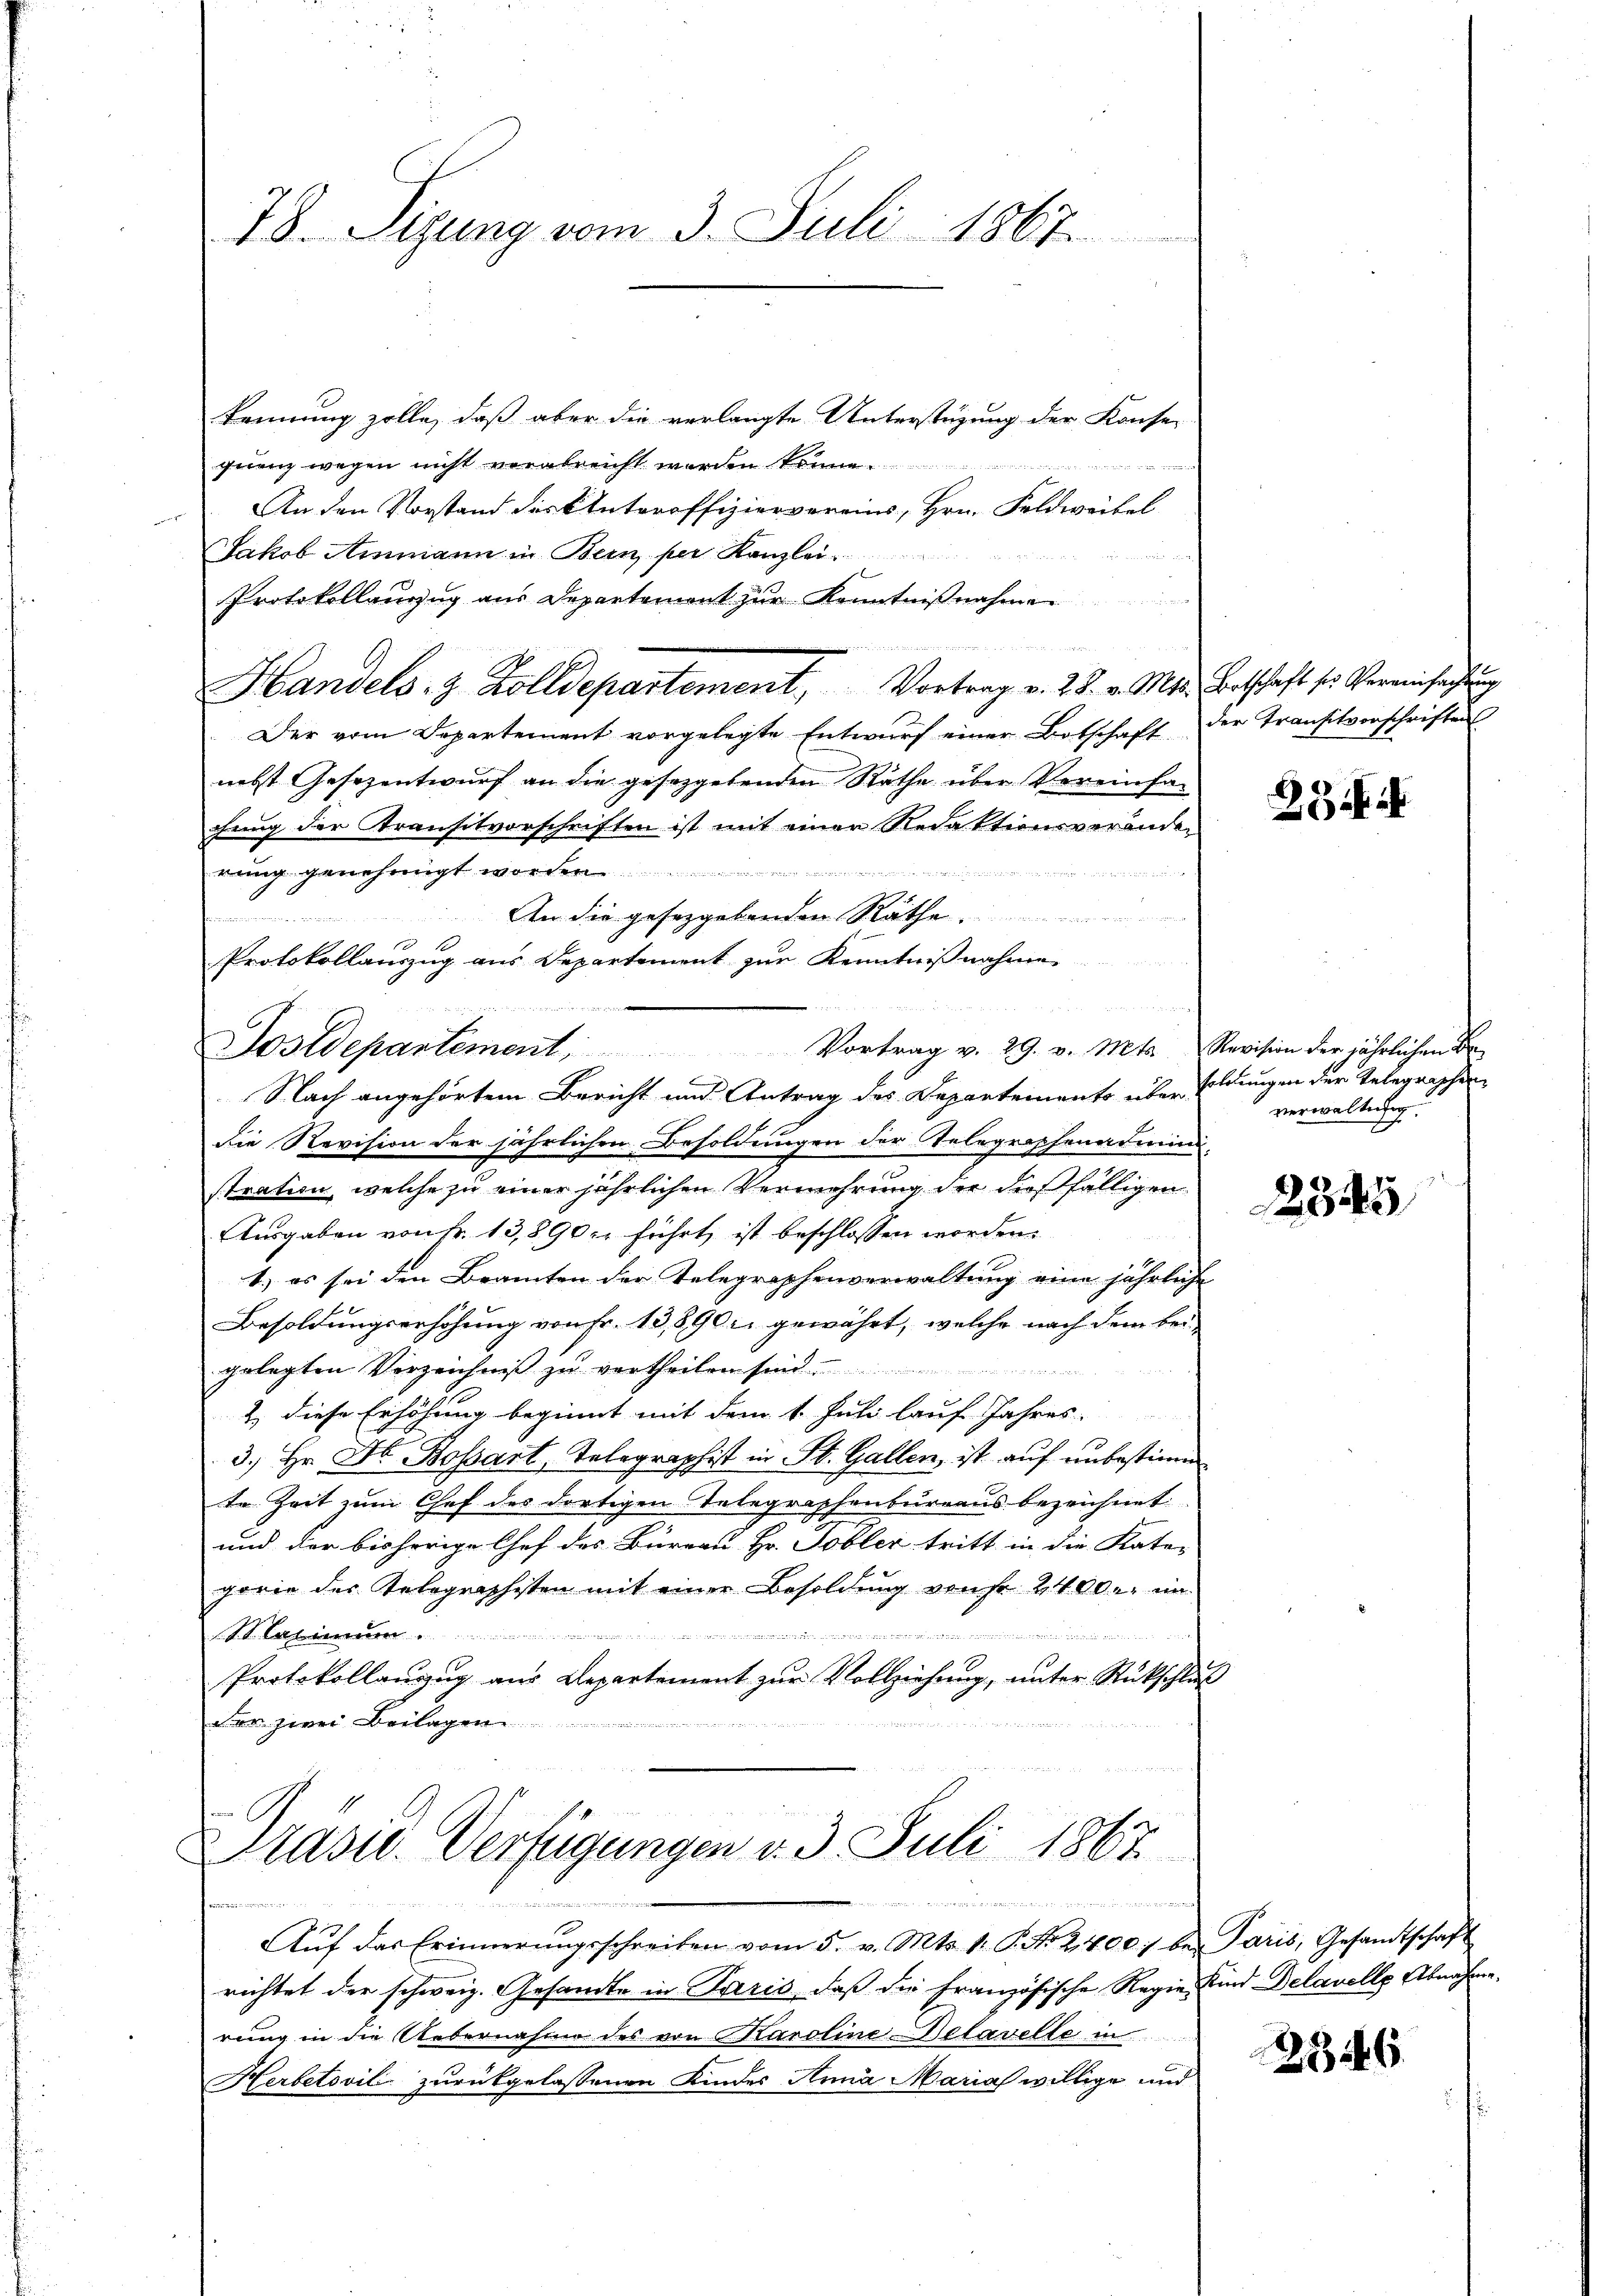
78. Sigung vom 3. Juli 1867.

kennung zolle, daß aber die verlangte Unterstüzung der Konse-
quenz wegen nicht verabreicht worden konn
An den Vorstand des Unteroffiziervereins, Hrn. Feldweibel
Jakob Ammann in Bern, per Kanzlei
in
Protokollauszug aus Departement zur Kenntnißnahmen.
Handels- & Zolldepartement, Vortrag v. 25. v. Mts. Betschaft so Vereinsachtung
Der vom Departement vorgelegte Entwurf einer Botschaft der Transitvorschriften
nebst Gesezentwurf an die gesetzgebenden Räthe über Vereinfachung der Transitvorschriften ist mit einen Redaktionsveränder
rung genehmigt worden.............

die Revision der jährlichen Besoldungen der Telegraphenadmini-
stration, welche zu einer jährlichen Vermehrung der dießfälligen
Ausgaben von Nr. 13,890 xr führt, ist beschlossen worden.
1.) es sei den Beamten der Telegraphenverwaltung eine jährliche
Besoldungserhöhung von Fr. 13,890 gewährt, welche nach dem bei
gelegten Verzeichniß zu vertheilen sein.

2) diese Erhöhung beginnt mit dem 1. Juli lauf Jahres.
3.) Hr. Dr. Bossart, Telegraphist in St. Gallen, ist auf unbestimm
te Zeit zum Chef des dortigen Telegraphenbureaus bezeichnet.
und der bisherige Chef des Büreau. Hr. Tobler tritt in die Raten
gorie des Telographisten mit einer Besoldung verst 2400. im
A.t A.
Protokollaŭzŭg aŭs Departement zŭr Vollziehung, unter Rückschluß
der zwei Beilagen

An die gesetzgebenden Rathe ..............
Protokollauszug aus Departement zur Kenntnißnahme
Sostdepartement Vortrag v. 29. v. Mts. Revision der jährlichen Be-
Nach angehörtem Bericht und Antrag des Departements über soldungen der Telegraphen

Pasu. Verfügungen v. 3. Juli 1867

und

e Freit in den
Aŭf das Erinnerŭngsschreiben vom 5. v. Mts. 1. P. Nr. 2,400) bei Paris, Gesandtschaft
richtet der schweiz. Gesandte in Paris, daß die Französische Regie Kind Delavelle Abnahme.
rung in die Uebernahme des von Karoline Delavelte in
Herbetovil zurückgelassenen Kindes Anna Maria willige und

.

28

verwaltung.

2345

286.